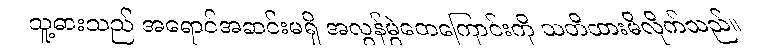
သူ့ဓားသည် အရောင်အဆင်းမရှိ အလွန်မွဲတေကြောင်းကို သတိထားမိလိုက်သည်။